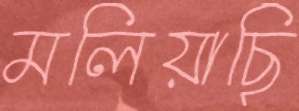
মলিয়াছি